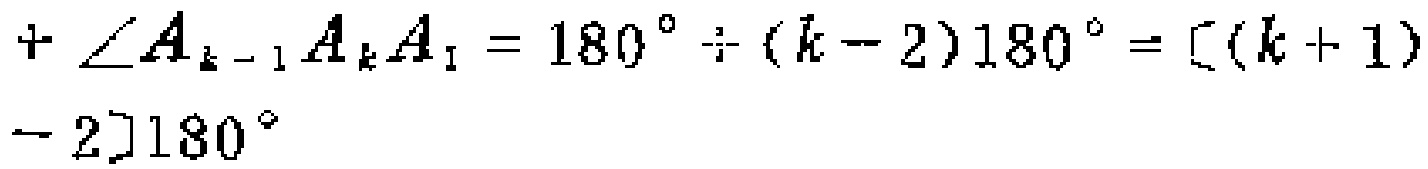
\[+\angle A_{k - 1}A_{k}A_{1}=180^{\circ}\div(k - 2)180^{\circ}=[(k + 1)-2]180^{\circ}\]